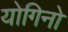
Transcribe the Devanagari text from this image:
योगिनो